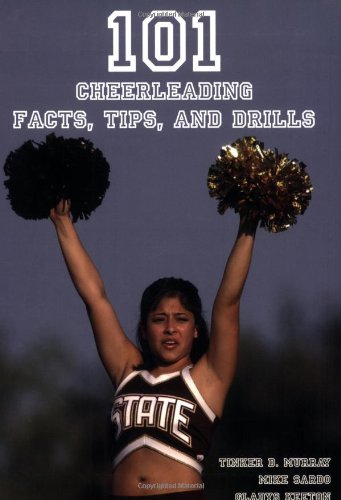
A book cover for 101 Cheerleading Facts, Tips, and Drills; Tinker D. Murray; Sports & Outdoors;